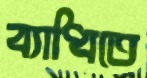
ব্যাধিতে